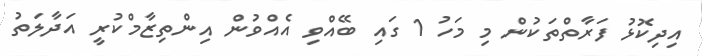
އިދިކޮޅު ފަރާތްތަކުން މި މަހު 1 ގައި ބޭއްވި އެއްވުން އިންތިޒާމްކުރީ އަދާލަތު